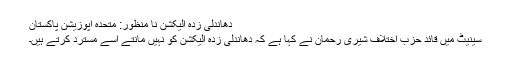
دھاندلی زدہ الیکشن نا منظور: متحدہ اپوزیشن پاکستان
سینیٹ میں قائد حزب اختلاف شیری رحمان نے کہا ہے کہ دھاندلی زدہ الیکشن کو نہیں مانتے اسے مسترد کرتے ہیں۔